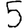
Digit: 5